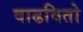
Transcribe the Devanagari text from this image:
वाढवितो